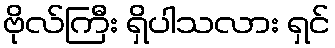
ဗိုလ်ကြီး ရှိပါသလား ရှင်